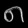
Digit: ၈